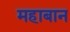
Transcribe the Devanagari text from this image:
महाबान